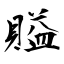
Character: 賹